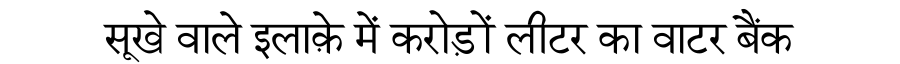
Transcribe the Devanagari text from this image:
सूखे वाले इलाक़े में करोड़ों लीटर का वाटर बैंक